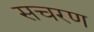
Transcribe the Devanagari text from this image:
सचरण